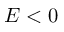
E < 0